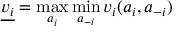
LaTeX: { \underline { { v _ { i } } } } = \operatorname* { m a x } _ { a _ { i } } \operatorname* { m i n } _ { a _ { - i } } { v _ { i } ( a _ { i } , a _ { - i } ) }